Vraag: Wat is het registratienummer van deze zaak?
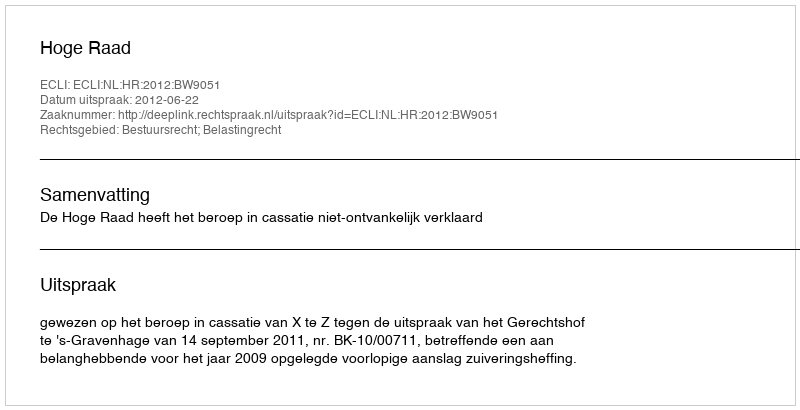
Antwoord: http://deeplink.rechtspraak.nl/uitspraak?id=ECLI:NL:HR:2012:BW9051